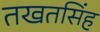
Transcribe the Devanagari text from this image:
तखतसिंह